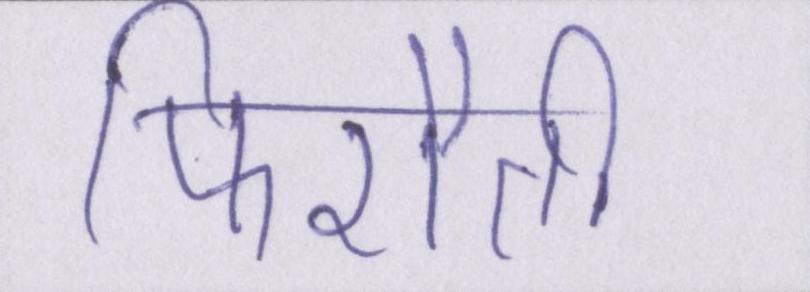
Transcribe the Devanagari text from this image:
फिरौती